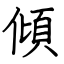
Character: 傾